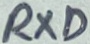
Text: RXD